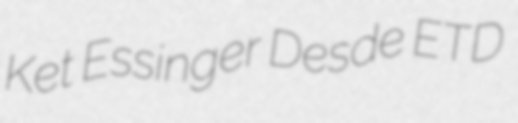
Ket Essinger Desde ETD